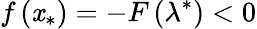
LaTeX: f\left(\mathit{x}_{*}\right)=-F\left(\lambda^{*}\right)<0